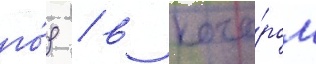
го́д / в кото́ром